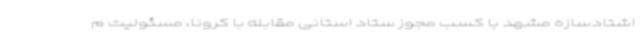
اشتادسازه مشهد با کسب مجوز ستاد استانی مقابله با کرونا، مسئولیت م